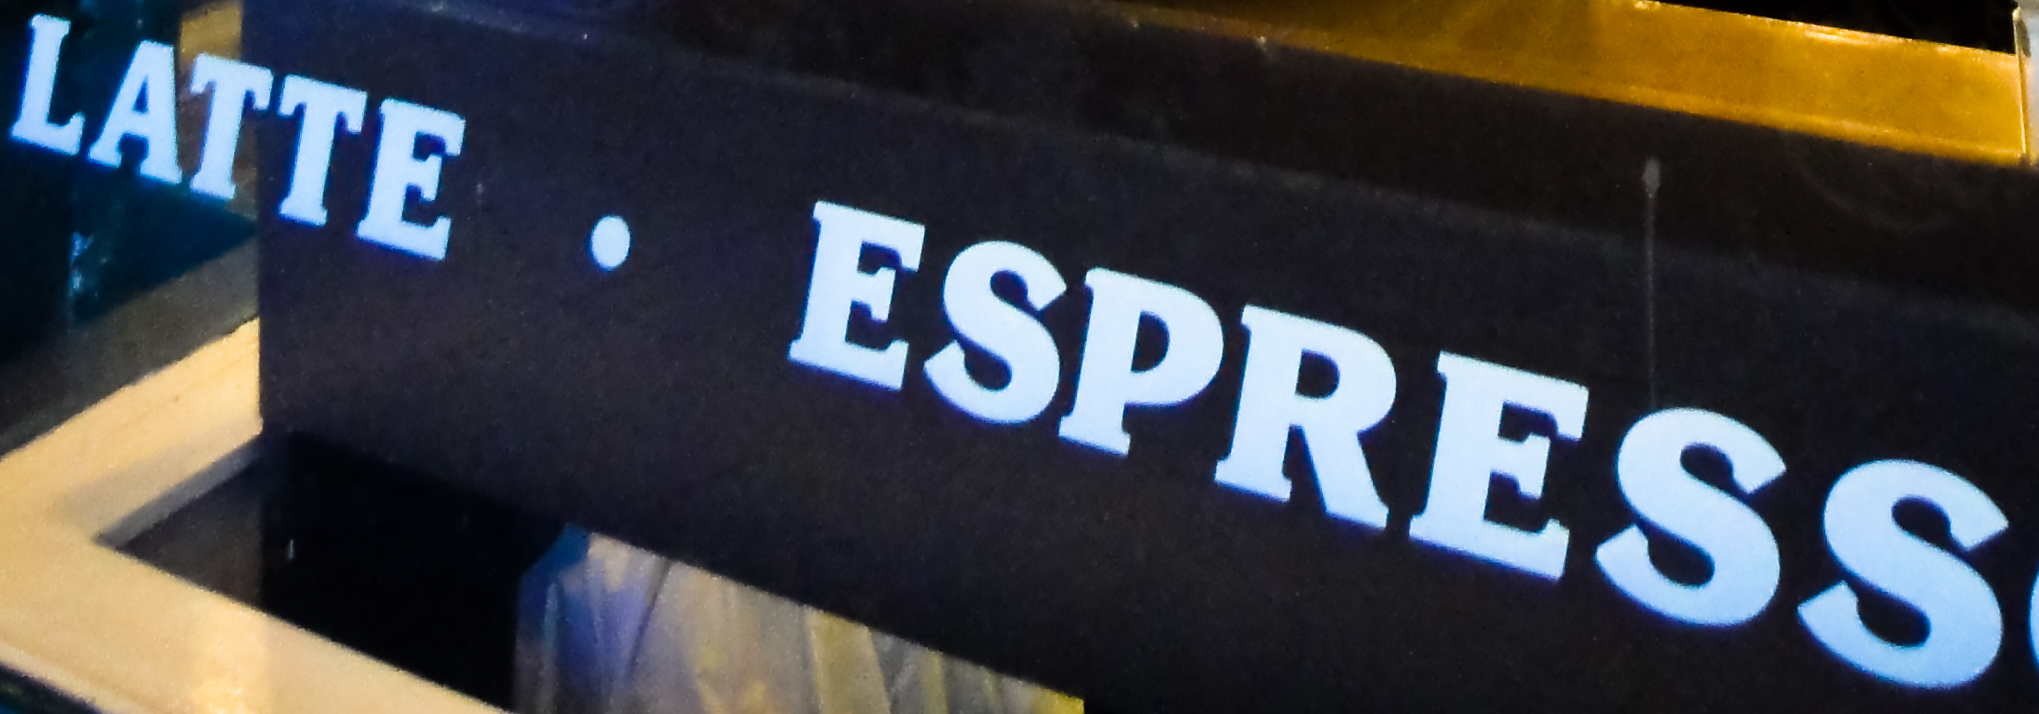
LATTE . ESPRESS